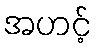
အဟင့်